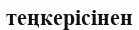
теңкерісінен